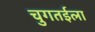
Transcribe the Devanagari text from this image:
चुगतईला